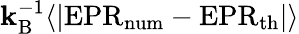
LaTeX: \mathbf{k}_{\mathrm{{B}}}^{-1}\langle\vert\mathrm{{EPR}}_{\mathrm{{num}}}-\mathrm{{EPR}}_{\mathrm{{th}}}\vert\rangle